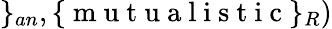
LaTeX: \} _{an},\{ \mathrm{~m~u~t~u~a~l~i~s~t~i~c~}\} _{R})